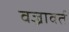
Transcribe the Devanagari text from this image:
वज्रावर्त